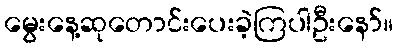
မွေးနေ့ဆုတောင်းပေးခဲ့ကြပါဦးနော်။